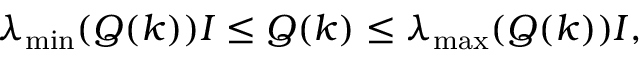
\lambda _ { \operatorname* { m i n } } ( Q ( k ) ) I \leq Q ( k ) \leq \lambda _ { \operatorname* { m a x } } ( Q ( k ) ) I ,